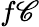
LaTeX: f\mathscr{C}